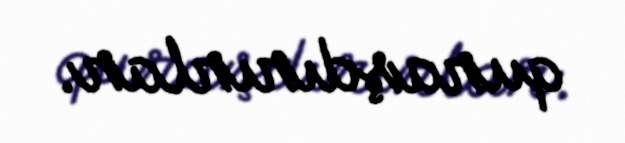
quraşdırırlar.